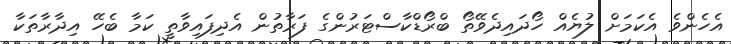
އެހެންވެ އެކަމަށް ލުޔެއް ހޯދައިދެވޭތޯ ބްރޯޑްކާސްޓަރުންގެ ފަރާތުން އެދިފައިވާތީ ކަމާ ބެހޭ އިދާރާތަކާ